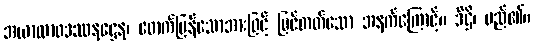
အယာထာဝဒဿနဋ္ဌေန၊ ဖောက်ပြန်သောအားဖြင့် မြင်တတ်သော အနက်ကြောင့်။ ဒိဋ္ဌိ၊ မည်၏။